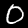
Label: 0